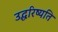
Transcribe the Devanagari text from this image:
उद्धरिष्यति